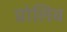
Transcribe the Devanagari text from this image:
प्रोलिव